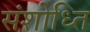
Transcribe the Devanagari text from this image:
संशोध्ति